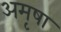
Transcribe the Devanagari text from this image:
अमृषा